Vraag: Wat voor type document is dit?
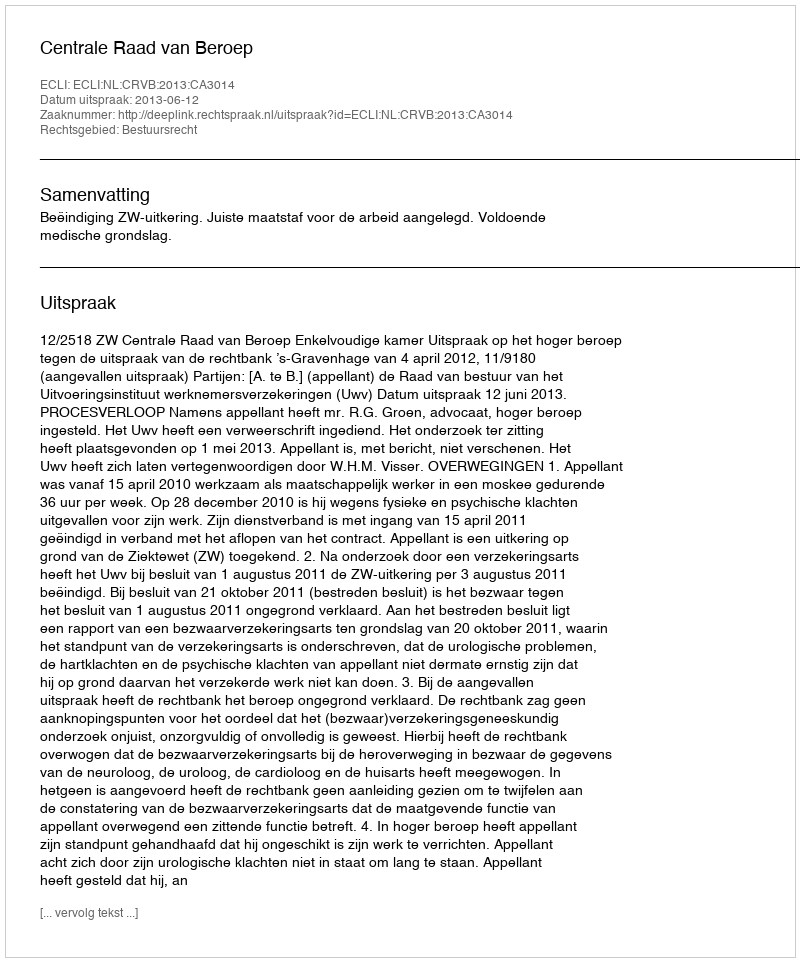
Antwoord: Uitspraak